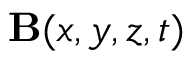
{ \mathbf B } ( x , y , z , t )